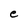
Character: e